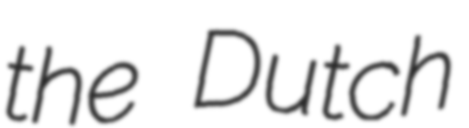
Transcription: the Dutch